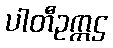
ပါတီဥက္ကဌ